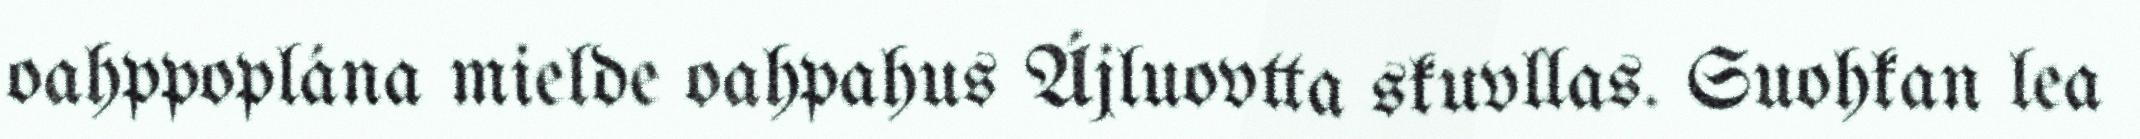
oahppoplána mielde oahpahus Ájluovtta skuvllas. Suohkan lea